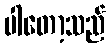
ပါတော့သည်